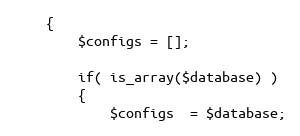
Language: PHP
    {
        $configs = [];

        if( is_array($database) )
        {
            $configs  = $database;